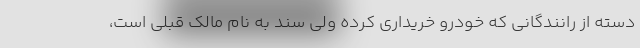
دسته از رانندگانی که خودرو خریداری کرده ولی سند به نام مالک قبلی است،